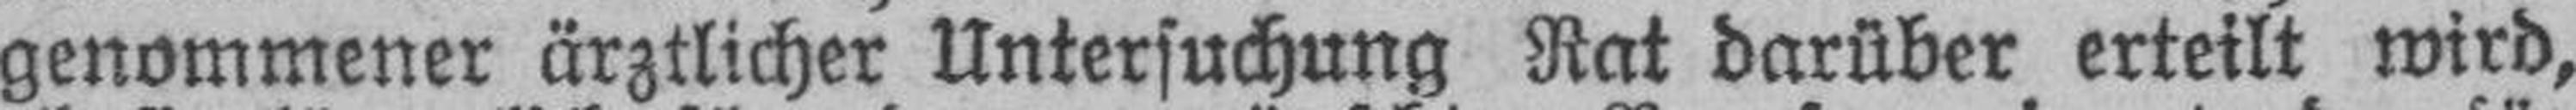
genommener ärztlicher Untersuchung Rat darüber erteilt wird,